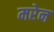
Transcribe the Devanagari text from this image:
मरेन